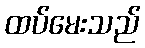
ထပ်မေးသည်